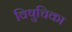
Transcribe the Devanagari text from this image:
विषुचिका